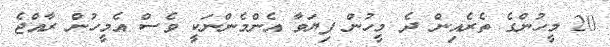
20 މީހުންގެ ތެރެއިން ދެ މީހުން ފިޔަވާ އެންމެންނަކީ ވެސް އެމީހުން ރާއްޖެ